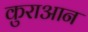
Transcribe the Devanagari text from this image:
कुराआन